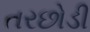
તરછોડી